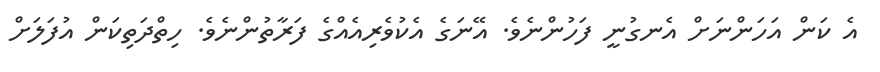
އެ ކަން އަހަންނަށް އެނގުނީ ފަހުންނެވެ. އޭނަގެ އެކުވެރިއެއްގެ ފަރާތުންނެވެ. ހިތްދަތިކަން އުފަލަށް